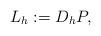
LaTeX: \begin{align*} L_h:=D_h P,\end{align*}